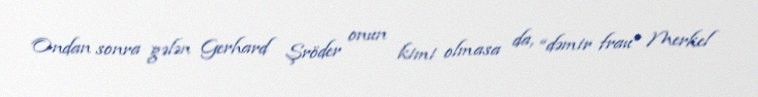
Ondan sonra gələn Gerhard Şröder onun kimi olmasa da, “dəmir frau” Merkel